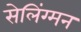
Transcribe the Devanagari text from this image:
सेलिंग्मन